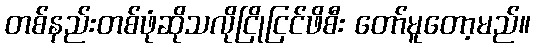
တစ်နည်းတစ်ဖုံဆိုသလိုငြိုငြင်ဖိစီး တော်မူတော့မည်။